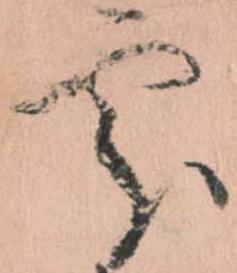
処